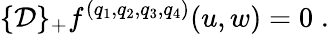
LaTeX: \{ {\cal D}\} _{+}f^{(q_{1},q_{2},q_{3},q_{4})}(u,w)=0\; .